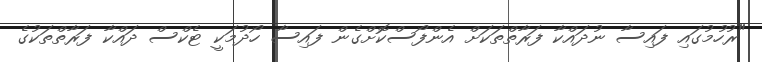
"ރުހުމުގައި ފައިސާ ނުދައްކާ ފަރާތްތަކަށް އެންފޯސްކޮށްގެން ފައިސާ ހޯދުމަކީ ޓެކްސް ދައްކާ ފަރާތްތަކުގެ